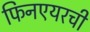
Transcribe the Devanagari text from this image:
फिनएयरची